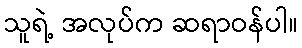
သူရဲ့ အလုပ်က ဆရာဝန်ပါ။